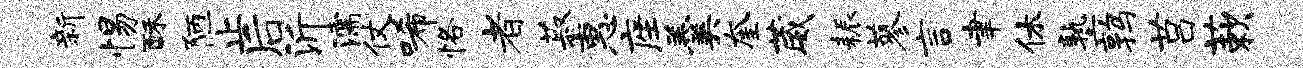
新惕酥陋止后沂濡仗唏恪者菽惠座羹奎葳耨蓼言聿休塾鹑莒蔌